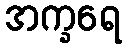
အက္ခရေ